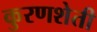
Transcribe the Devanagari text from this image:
कुरणशेती